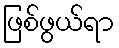
ဖြစ်ဖွယ်ရာ